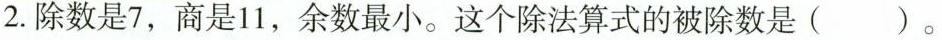
2.除数是7，商是11，余数最小。这个除法算式的被除数是()。